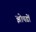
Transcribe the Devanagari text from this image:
झोपडों